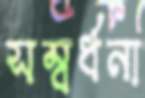
সম্বর্ধনা